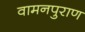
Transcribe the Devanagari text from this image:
वामनपुराण